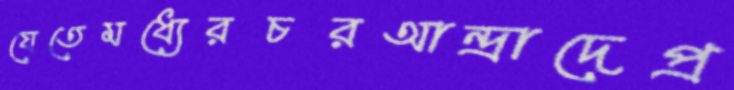
যেতেমধ্যেরচরআন্দ্রাদেপ্র